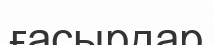
ғасырдар